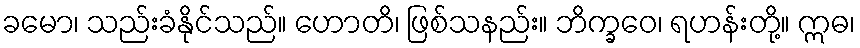
ခမော၊ သည်းခံနိုင်သည်။ ဟောတိ၊ ဖြစ်သနည်း။ ဘိက္ခဝေ၊ ရဟန်းတို့။ ဣဓ၊